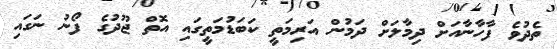
ތެދުވެ ފާހާނާއަށް ދިމާލަށް ދަމުން އަރިމަތީ ކަބަޑުމަތީގައި އޮތް ޖޫދުގެ ފޯނު ނަގައި